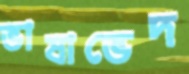
ভাষাভেদ